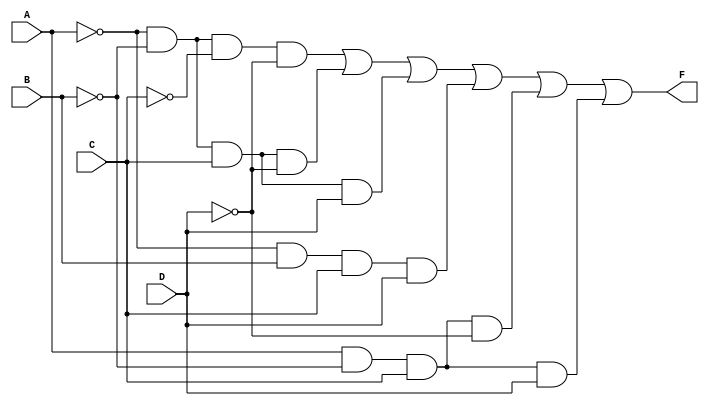
module prime_implicant_minimizer (
    input wire A,
    input wire B,
    input wire C,
    input wire D,
    output wire F
);

// Define the minterms for the function
// For example, let's say the function is true for minterms 0, 1, 2, 5, 6, 7, and don't care conditions 3, 4
wire m0 = ~A & ~B & ~C & ~D; // 0
wire m1 = ~A & ~B &  C & ~D; // 1
wire m2 = ~A & ~B &  C &  D; // 2
wire m3 = ~A &  B & ~C & ~D; // 3 (don't care)
wire m4 = ~A &  B &  C & ~D; // 4 (don't care)
wire m5 = ~A &  B &  C &  D; // 5
wire m6 =  A & ~B &  C & ~D; // 6
wire m7 =  A & ~B &  C &  D; // 7

// Combine minterms to form the output
assign F = m0 | m1 | m2 | m5 | m6 | m7; // Combine the minterms (including don't cares)

// Testbench for verification
endmodule